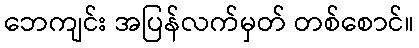
ဘေကျင်း အပြန်လက်မှတ် တစ်စောင်။